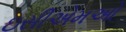
ઇસીએમઓ